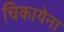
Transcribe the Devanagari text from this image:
चिकायेना